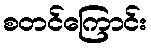
စတင်ကြောင်း